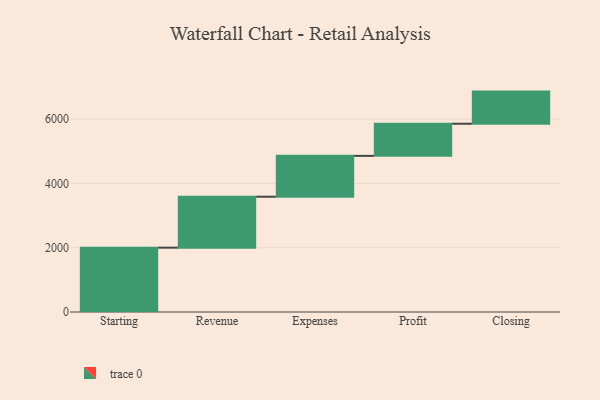
{"axis": {"x": "Step", "y": "Value"}, "legend": [""], "data": [{"x": "Starting", "y": 2002.0, "type": ""}, {"x": "Revenue", "y": 1586.0, "type": ""}, {"x": "Expenses", "y": 1271.0, "type": ""}, {"x": "Profit", "y": 1000, "type": ""}, {"x": "Closing", "y": 1000, "type": ""}]}